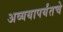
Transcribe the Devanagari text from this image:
अव्ययापर्यंतचे